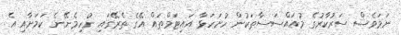
ނަމަވެސް ސަރުކާރުގެ މުއައްސަސާތަކުން ހުށަހަޅާ އައިޓަމްތައް އޭގެ ތެރޭގައި ނުހިމެނޭނެ ކަމަށާއި އެ